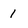
Character: 1